65_HS1-834228961_62-HQ-83894_Serial_130
Agency: FBI
Page 47
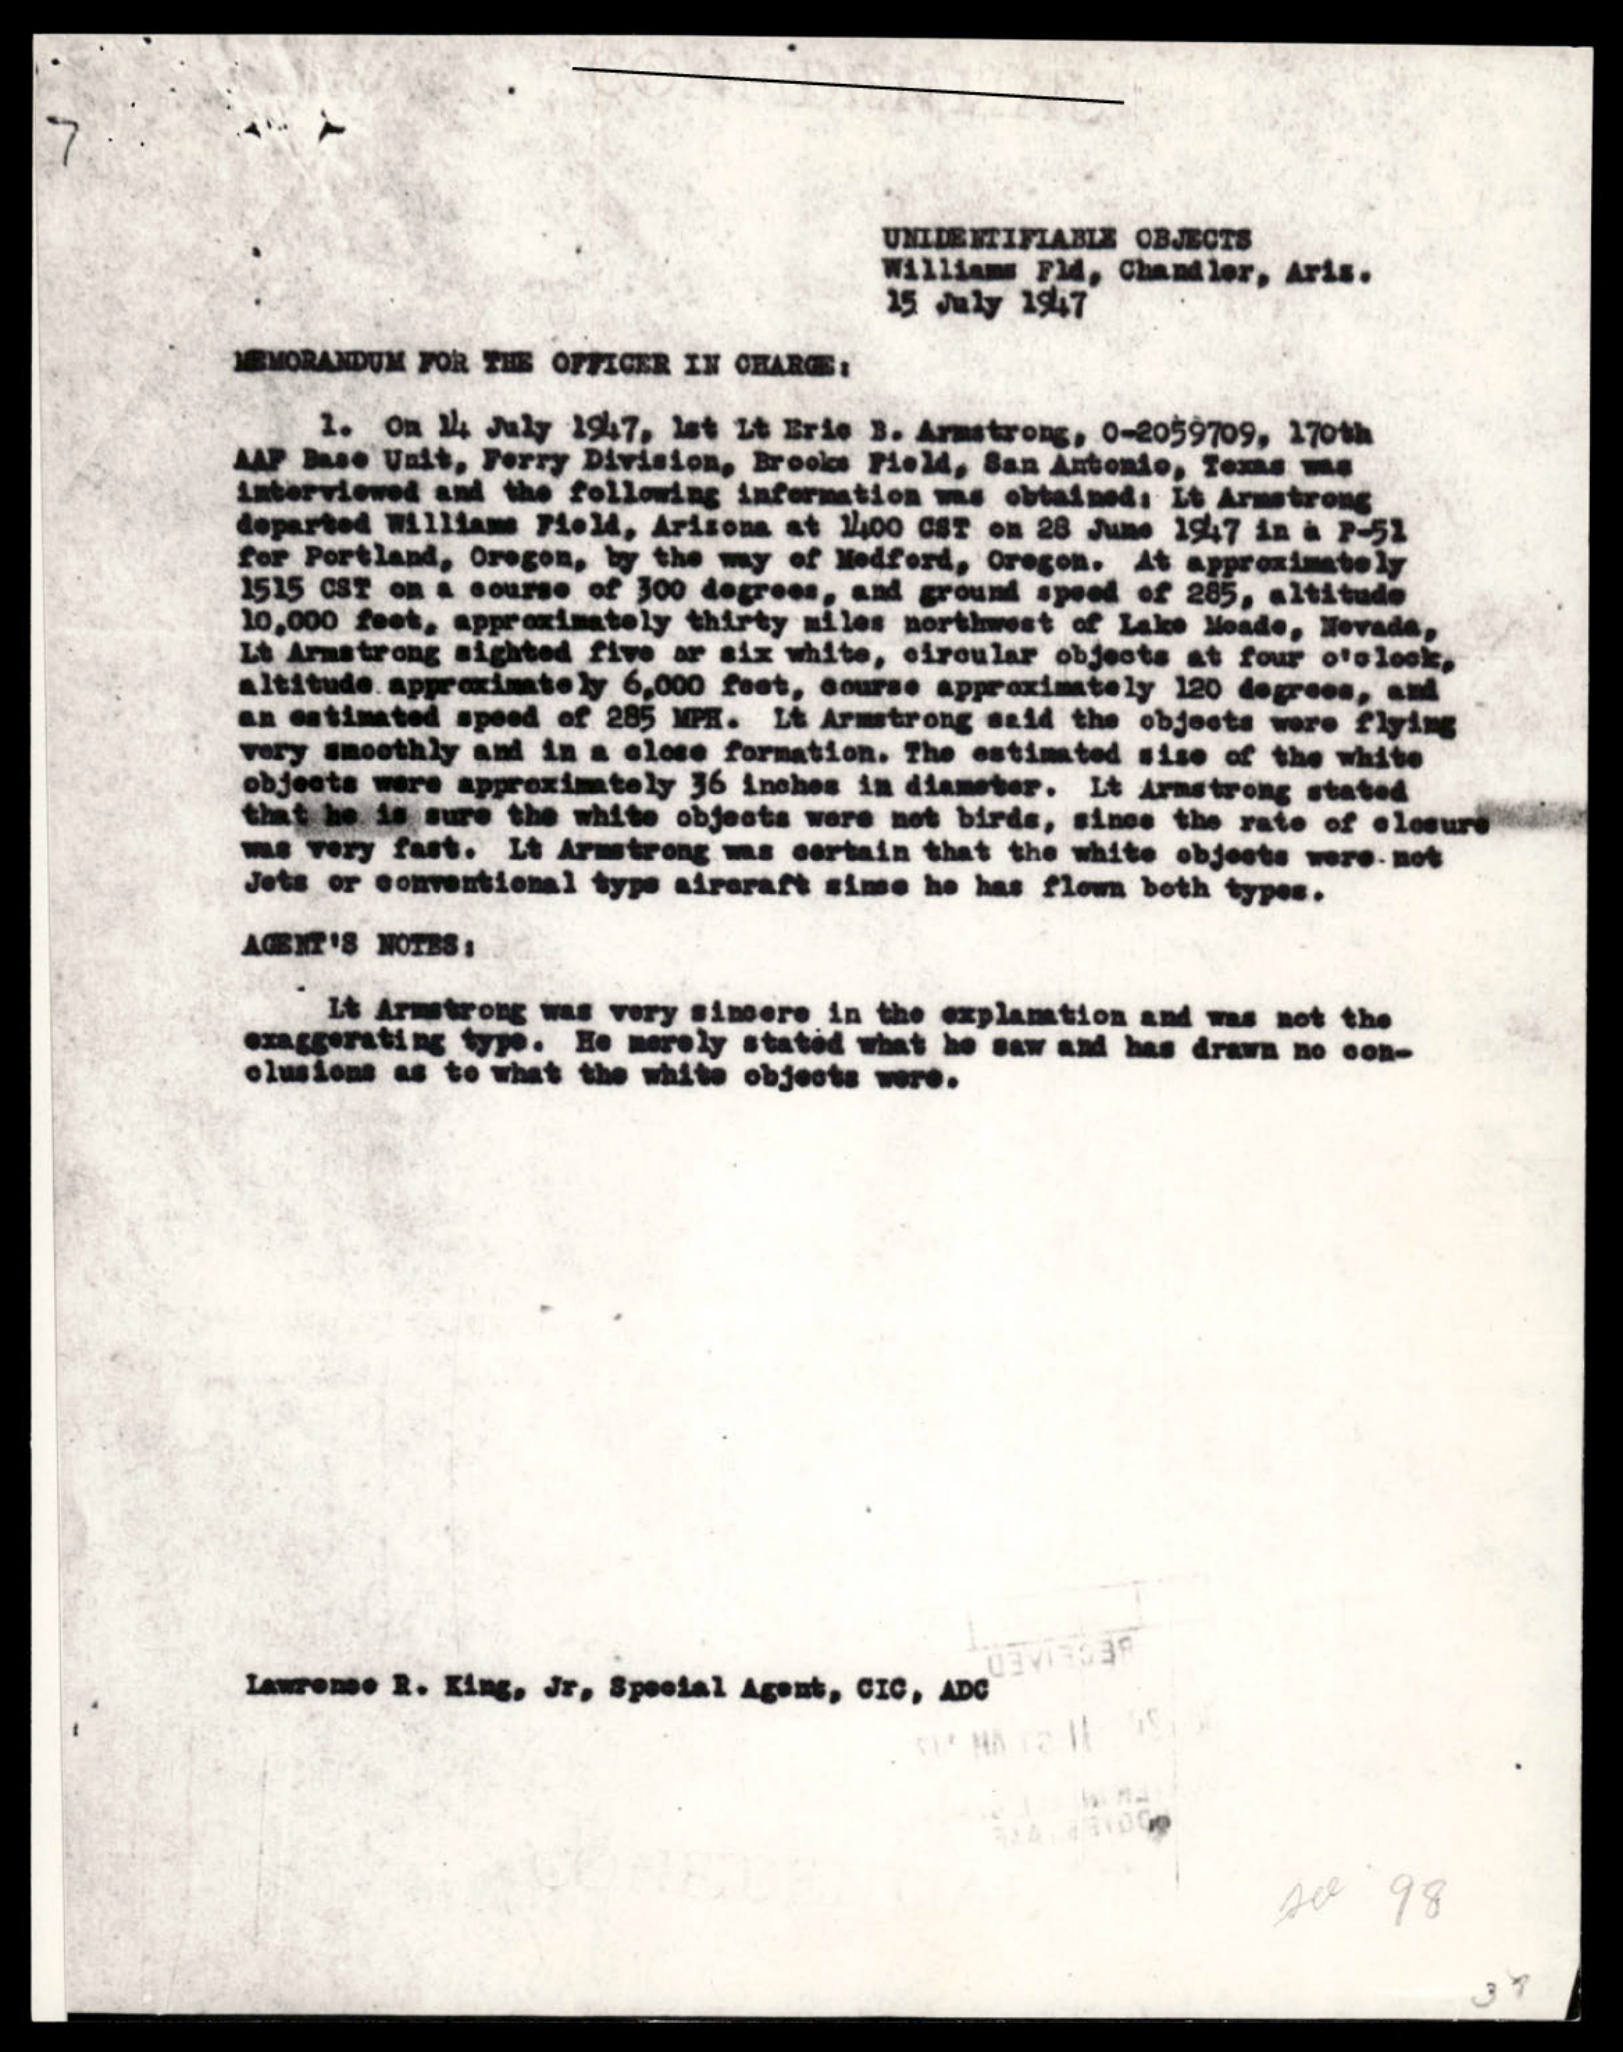